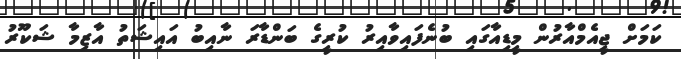
ކަމަށް ޖީއެމްއާރުން މީޑިއާގައި ބުނެފައިވާއިރު ކުރީގެ ބަންޑާރަ ނާއިބު އައިޝަތު އާޒިމާ ޝަކޫރު